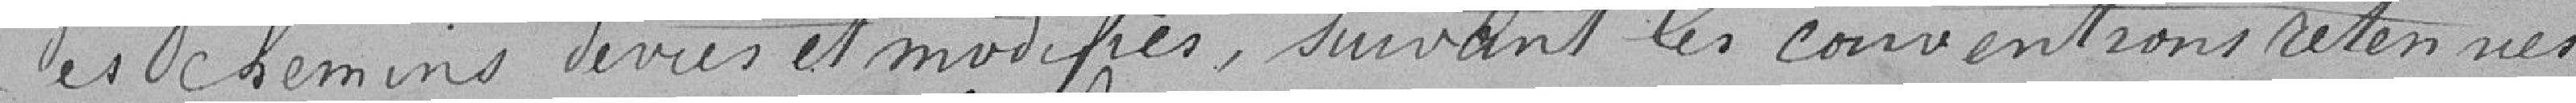
des chemins déviés et modifiés, suivant les conventions retenues